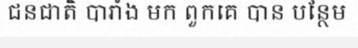
ជនជាតិ បារាំង មក ពួកគេ បាន បន្ថែម